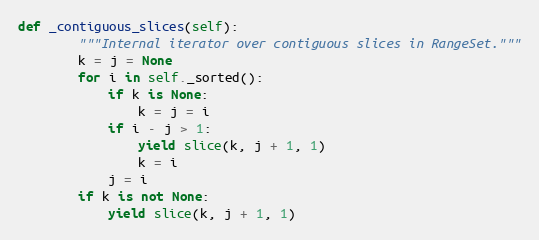
Language: Python
def _contiguous_slices(self):
        """Internal iterator over contiguous slices in RangeSet."""
        k = j = None
        for i in self._sorted():
            if k is None:
                k = j = i
            if i - j > 1:
                yield slice(k, j + 1, 1)
                k = i
            j = i
        if k is not None:
            yield slice(k, j + 1, 1)